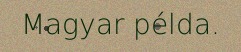
Magyar példa.